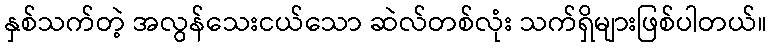
နှစ်သက်တဲ့ အလွန်သေးငယ်သော ဆဲလ်တစ်လုံး သက်ရှိများဖြစ်ပါတယ်။